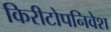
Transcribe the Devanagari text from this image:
किरीटोपनिवेश